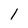
Character: l